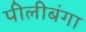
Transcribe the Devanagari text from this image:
पीलीबंगा